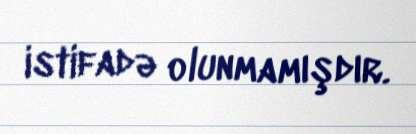
istifadə olunmamışdır.